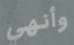
وأنهي